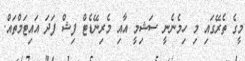
މީގެ ތެރޭގައި މި ހިމެނެނީ ސަޝިމީ އާއި މެރިނޭޑެޓް ފިޝް ފަދަ އައިޓަމްތައް.